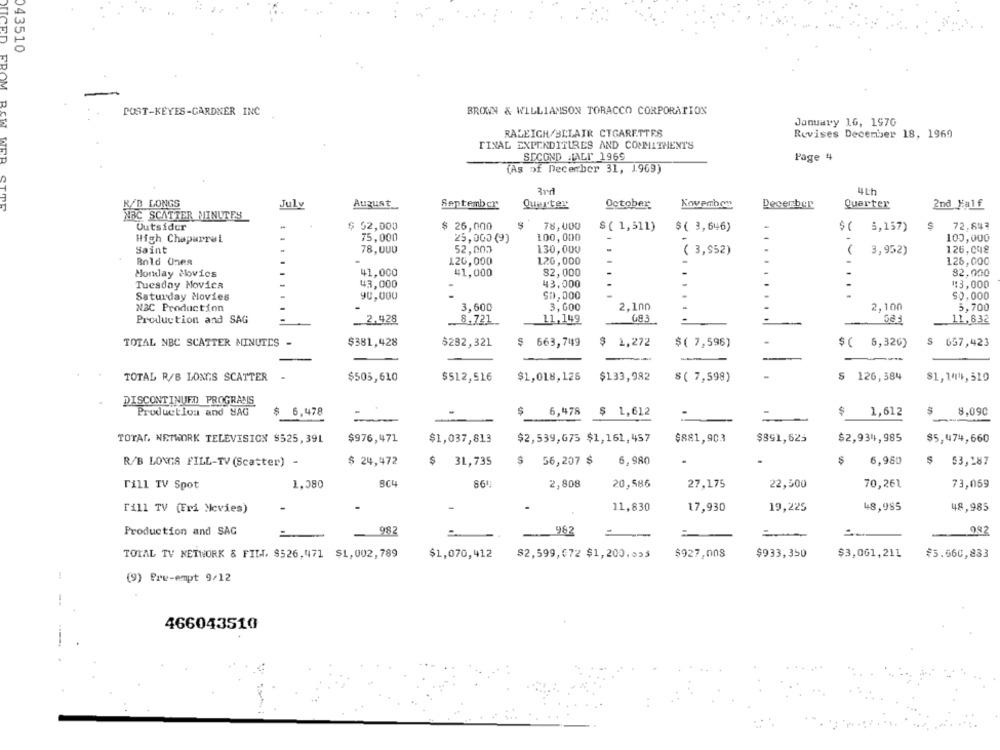
DUCED
043510
FROM
POST-KEYES-GARDNER INC
BROWN & WILLIAMSON TORACCO CORPORATION
January 16, 1970
RALEIGH/BLLAIR CIGARETTES
Revises December 18, 1969
FINAL EXPENDITURES AND COMMITMENT'S
SECOND HALF 1969
Page 4
(As of December 31, J.969)
3rd
R/B LONGS
August
Quarter
July
September
Quarter
October
Kovembon
Decerber
2nd Half
NRC SCATTER MINUTES
Outsider
$ 52,000
$ 26,000
78,000
72,843
$ ( 1,511)
$( 3,646)
$( 6,157)
High Chaparral
75,000
25,000 (9)
100,000
100,000
126,008
Saint
78,000
52,003
130,000
( 3,952)
3,952)
Bold Unea
126,000
120,000
126,000
82,000
-
Monday ilovics
41,000
41,000
82,000
Tuesday Movica
43,000
-
43.000
.
₡3,000
Saturday Movies
90,000
$0, 000
......
$0,000
NBC Production
3,600
3,000
2.100
2,100
5,700
Production and SAG
2.428
8,721
11,149
683
11,832
TOTAL NBC SCATTER MINUTES -
$381,428
$282,321
$ 663,749
$ 1,272
$( 7,596)
.
$ ( 6,326)
$ 657,423
$133,982
TOTAL R/B LONGS SCATTER
$505,610
$512,516
$1,018,126
$ ( 7,598)
$ 126,584
$1,144,510
DISCONTINUED PROGRANS
Production and SAG
$ 6,478
$
6,478
1,612
$
1,612
8.090
-
-
TOTAL, NETWORK TELEVISION $525,39L
$976,471
$1,037,813
$2,539,675 $1,161,457
$881,903
$891,623
$2,934,985
$5,474,660
R/B LOWIS FILL-TV (Scatter) -
$ 24,472
$ 31,735
$
56,207 $
6,980
6,980
$
$3,287
Till TV Spot
1.380
BC4
2,808
20,586
27,175
22,500
70,261
73,069
Fill TV (Fri Movies)
11,830
17,930
19,225
48,985
48,985
Production and SAG
982
982
982
TOTAL TV NETWORK & FILI. $526,471 $1,002,789
$1,070,412
$2,599,672 $1,200,053
$927,008
$933,350
$3,061,211
៛5.560,833
(9) Pre-empt 9/12
466043510